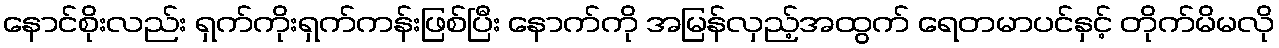
နောင်စိုးလည်း ရှက်ကိုးရှက်ကန်းဖြစ်ပြီး နောက်ကို အမြန်လှည့်အထွက် ရေတမာပင်နှင့် တိုက်မိမလို